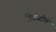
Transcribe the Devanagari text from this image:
ग्रिटस्टोन